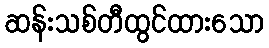
ဆန်းသစ်တီထွင်ထားသော